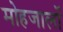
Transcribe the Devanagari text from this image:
मोहजालों